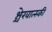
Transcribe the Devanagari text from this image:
श्चेरवात्स्की